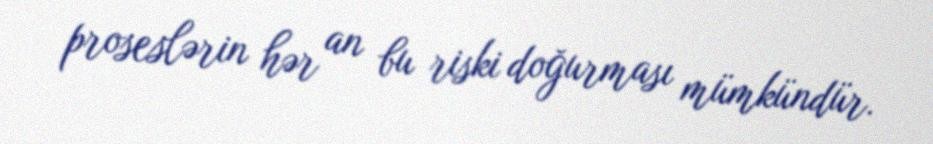
proseslərin hər an bu riski doğurması mümkündür.